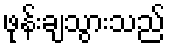
ဖုန်းချသွားသည်